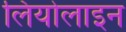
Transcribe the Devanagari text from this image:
लियोलाइन